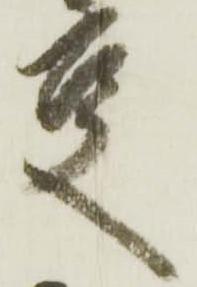
事